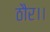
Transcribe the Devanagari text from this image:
ठौर।।